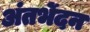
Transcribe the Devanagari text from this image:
अंतर्भेदन